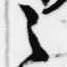
之